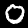
Label: 0